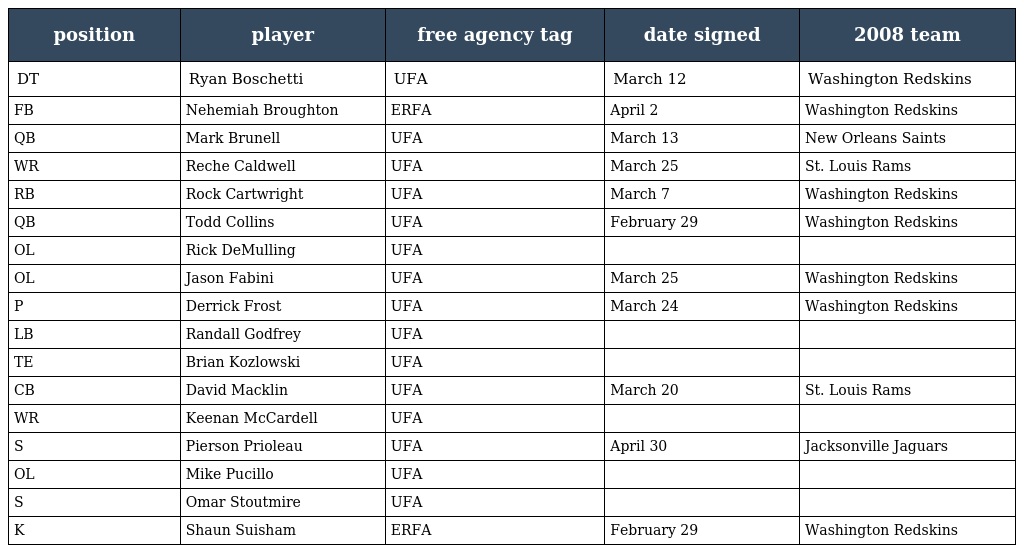
| position | player | free agency tag | date signed | 2008 team |
 | --- | --- | --- | --- | --- |
 | DT | Ryan Boschetti | UFA | March 12 | Washington Redskins |
 | FB | Nehemiah Broughton | ERFA | April 2 | Washington Redskins |
 | QB | Mark Brunell | UFA | March 13 | New Orleans Saints |
 | WR | Reche Caldwell | UFA | March 25 | St. Louis Rams |
 | RB | Rock Cartwright | UFA | March 7 | Washington Redskins |
 | QB | Todd Collins | UFA | February 29 | Washington Redskins |
 | OL | Rick DeMulling | UFA |  |  |
 | OL | Jason Fabini | UFA | March 25 | Washington Redskins |
 | P | Derrick Frost | UFA | March 24 | Washington Redskins |
 | LB | Randall Godfrey | UFA |  |  |
 | TE | Brian Kozlowski | UFA |  |  |
 | CB | David Macklin | UFA | March 20 | St. Louis Rams |
 | WR | Keenan McCardell | UFA |  |  |
 | S | Pierson Prioleau | UFA | April 30 | Jacksonville Jaguars |
 | OL | Mike Pucillo | UFA |  |  |
 | S | Omar Stoutmire | UFA |  |  |
 | K | Shaun Suisham | ERFA | February 29 | Washington Redskins |